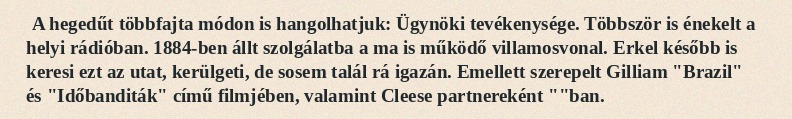
A hegedűt többfajta módon is hangolhatjuk: Ügynöki tevékenysége. Többször is énekelt a helyi rádióban. 1884-ben állt szolgálatba a ma is működő villamosvonal. Erkel később is keresi ezt az utat, kerülgeti, de sosem talál rá igazán. Emellett szerepelt Gilliam "Brazil" és "Időbanditák" című filmjében, valamint Cleese partnereként ""ban.